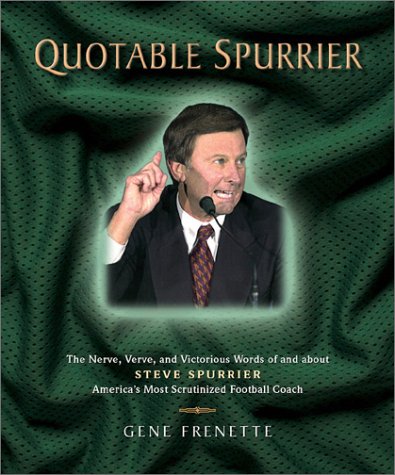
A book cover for Quotable Spurrier (Potent Quotables); Gene Frenette; Biographies & Memoirs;